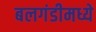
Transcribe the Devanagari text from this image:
बलगंडीमध्ये